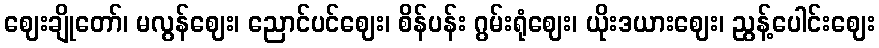
ဈေးချိုတော်၊ မလွန်ဈေး၊ ညောင်ပင်ဈေး၊ စိန်ပန်း ဂွမ်းရုံဈေး၊ ယိုးဒယားဈေး၊ ညွန့်ပေါင်းဈေး